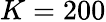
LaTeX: K=200